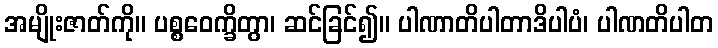
အမျိုးဇာတ်ကို။ ပစ္စဝေက္ခိတွာ၊ ဆင်ခြင်၍။ ပါဏာတိပါတာဒိပါပံ၊ ပါဏတိပါတ